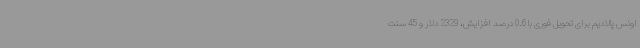
اونس پالادیم برای تحویل فوری با 0.6 درصد افزایش، 2329 دلار و 45 سنت